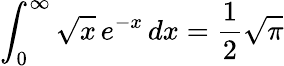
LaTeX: \int_{0}^{\infty}{\sqrt{x}}\, e^{-x}\, dx={\frac{1}{2}}{\sqrt{\pi}}